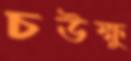
চউক্ষু